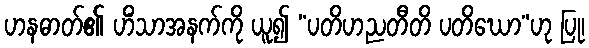
ဟနဓာတ်၏ ဟိံသာအနက်ကို ယူ၍ “ပတိဟညတီတိ ပတိဃော”ဟု ပြု၊